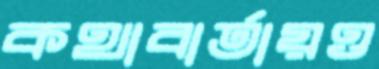
কথাবার্তায়ও